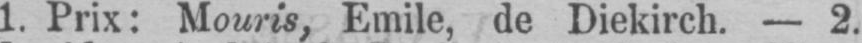
1. Prix: Mouris, Emile, de Diekirch. - 2.